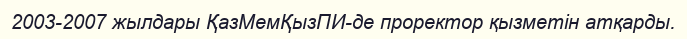
2003-2007 жылдары ҚазМемҚызПИ-де проректор қызметін атқарды.